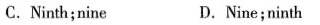
C.Ninth;nine D.Nine;ninth